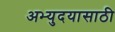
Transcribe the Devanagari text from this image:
अभ्युदयासाठी